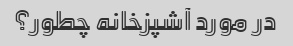
در مورد آشپزخانه چطور؟